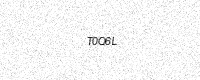
Text: T0Q6L